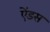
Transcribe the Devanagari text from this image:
ऐंडस